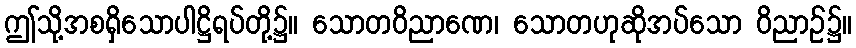
ဤသို့အစရှိသောပါဋ္ဌိရပ်တို့၌။ သောတဝိညာဏေ၊ သောတဟုဆိုအပ်သော ဝိညာဉ်၌။